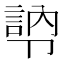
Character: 𭅾